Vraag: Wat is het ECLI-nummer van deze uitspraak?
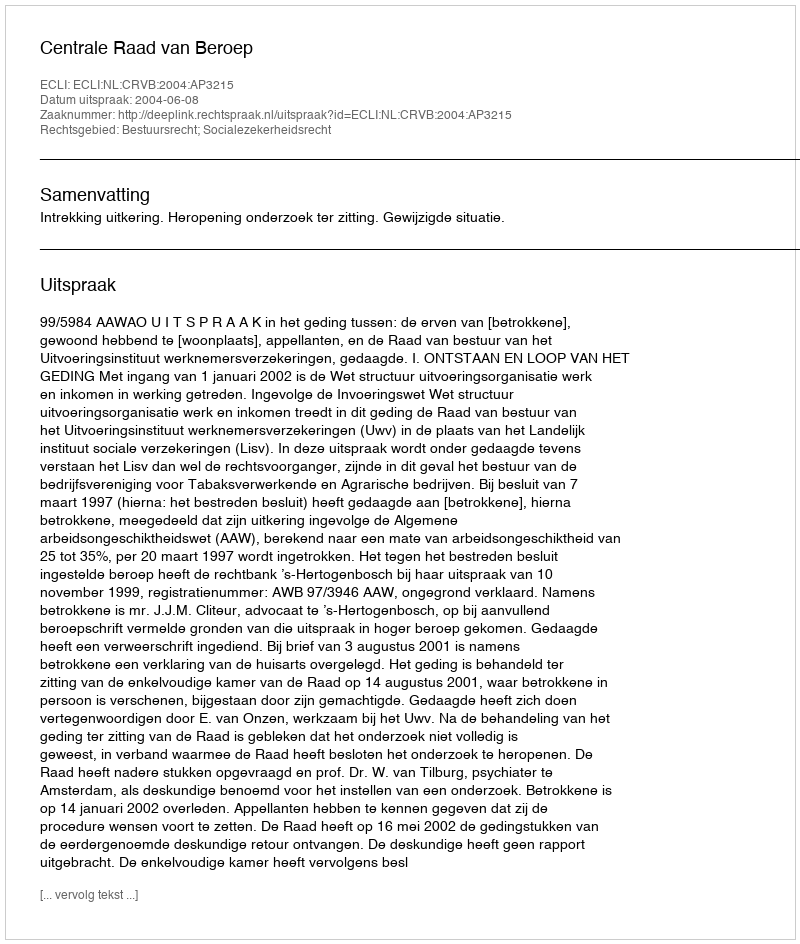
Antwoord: ECLI:NL:CRVB:2004:AP3215